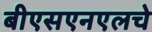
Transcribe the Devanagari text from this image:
बीएसएनएलचे